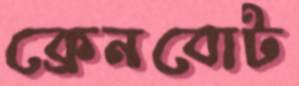
ক্রেনবোট